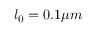
l _ { 0 } = 0 . 1 \mu m